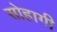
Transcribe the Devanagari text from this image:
सोहागी